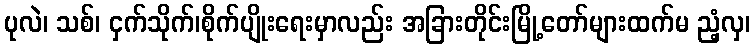
ပုလဲ၊ သစ်၊ ငှက်သိုက်၊စိုက်ပျိုးရေးမှာလည်း အခြားတိုင်းမြို့တော်များထက်မ ညံ့လှ၊